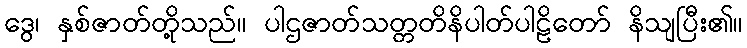
ဒွေ၊ နှစ်ဇာတ်တို့သည်။ ပါဌဇာတ်သတ္တတိနိပါတ်ပါဠိတော် နိသျပြီး၏။